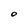
Character: O